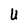
Character: U